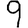
Digit: 9